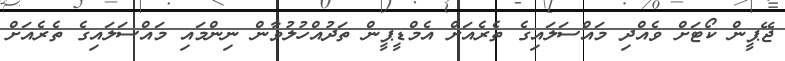
ޖޭޕީން ކޯޓަށް ވެއްދި މައްސަލައިގެ ތެރެއަށް އެމްޑީޕީން ތަދުއްހުލުވާން ނިންމައި މައްސަލައިގެ ތެރެއަށް